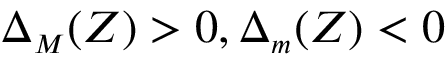
\Delta _ { { \scriptscriptstyle M } } ( Z ) > 0 , \Delta _ { { \scriptscriptstyle m } } ( Z ) < 0